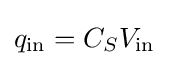
q_{\text{in}}=C_{S}V_{\text{in}}